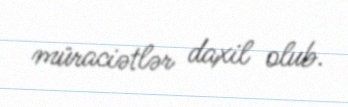
müraciətlər daxil olub.